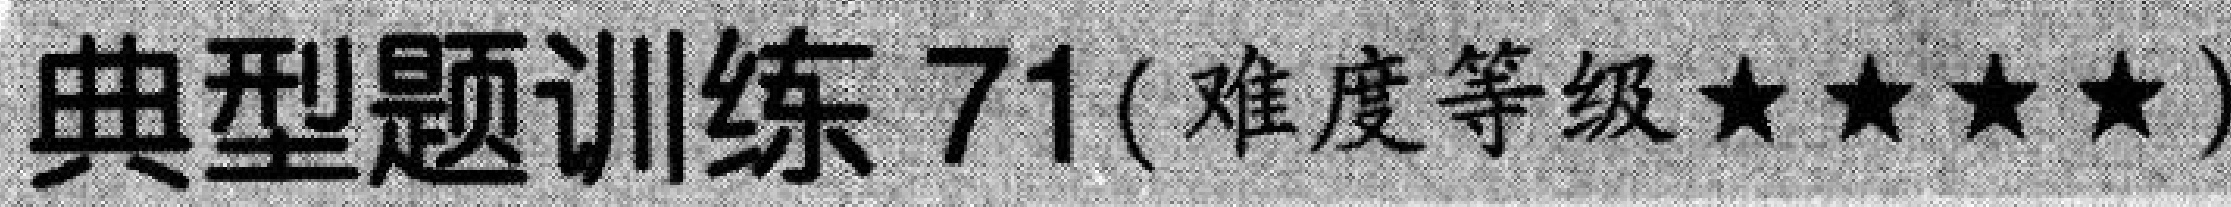
典型题训练 71(难度等级★★★★)